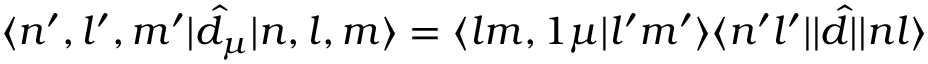
\langle n ^ { \prime } , l ^ { \prime } , m ^ { \prime } | \hat { d } _ { \mu } | n , l , m \rangle = \langle l m , 1 \mu | l ^ { \prime } m ^ { \prime } \rangle \langle n ^ { \prime } l ^ { \prime } | | \hat { d } | | n l \rangle